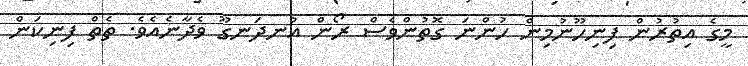
މީގެ އިތުރުން ފިނިހޫނުމިން ހުންނަ ގޮތުންވެސް ރޯން އުނދަނގޫ ވެދާނެއެވެ. ތެތް ފިނިކަން